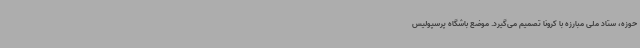
حوزه، ستاد ملی مبارزه با کرونا تصمیم می‌گیرد. موضع باشگاه پرسپولیس